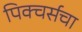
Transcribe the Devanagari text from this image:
पिक्चर्सचा